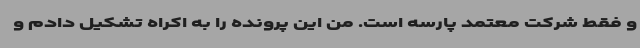
و فقط شرکت معتمد پارسه است. من این پرونده را به اکراه تشکیل دادم و